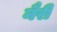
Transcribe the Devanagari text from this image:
नैरी